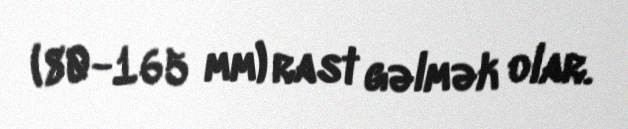
(80-165 mm) rast gəlmək olar.